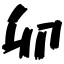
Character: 卯